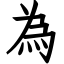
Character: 為